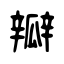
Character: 瓣